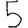
Digit: 5